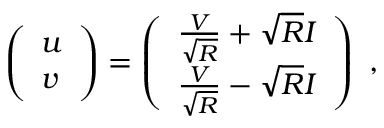
\left( \begin{array} { l } { u } \\ { v } \end{array} \right) = \left( \begin{array} { l } { \frac { V } { \sqrt { R } } + \sqrt { R } I } \\ { \frac { V } { \sqrt { R } } - \sqrt { R } I } \end{array} \right) \mathrm { ~ , ~ }